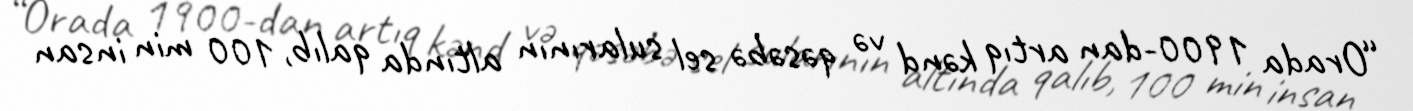
“Orada 1900-dan artıq kənd və qəsəbə sel sularının altında qalıb, 100 min insan